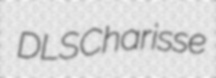
DLS Charisse